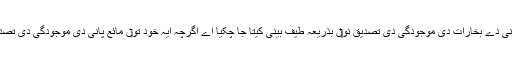
کافی اجسام وچ پانی دے بخارات دی موجودگی دی تصدیق نو‏‏ں بذریعہ طیف بینی کیتا جا چکيا اے اگرچہ ایہ خود تو‏ں مائع پانی دی موجودگی دی تصدیق نئيں کردت‏ی۔